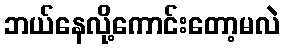
ဘယ်နေလို့ကောင်းတော့မလဲ